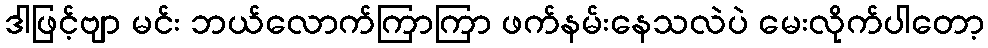
ဒါဖြင့်ဗျာ မင်း ဘယ်လောက်ကြာကြာ ဖက်နမ်းနေသလဲပဲ မေးလိုက်ပါတော့